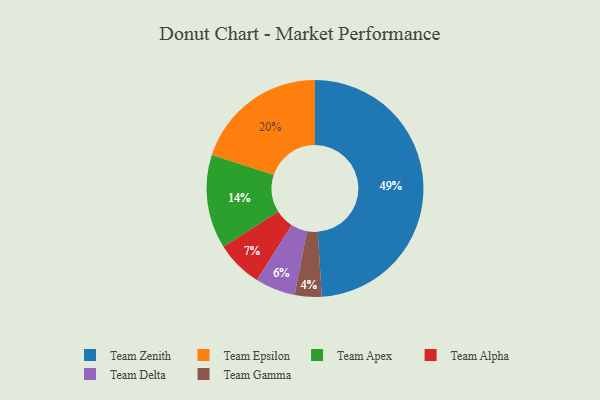
{"axis": {"x": "Category", "y": "Percentage"}, "legend": ["Team Alpha", "Team Apex", "Team Delta", "Team Epsilon", "Team Gamma", "Team Zenith"], "data": [{"x": "Team Apex", "y": 14, "type": "Team Apex"}, {"x": "Team Epsilon", "y": 20, "type": "Team Epsilon"}, {"x": "Team Alpha", "y": 7, "type": "Team Alpha"}, {"x": "Team Delta", "y": 6, "type": "Team Delta"}, {"x": "Team Zenith", "y": 49, "type": "Team Zenith"}, {"x": "Team Gamma", "y": 4, "type": "Team Gamma"}]}